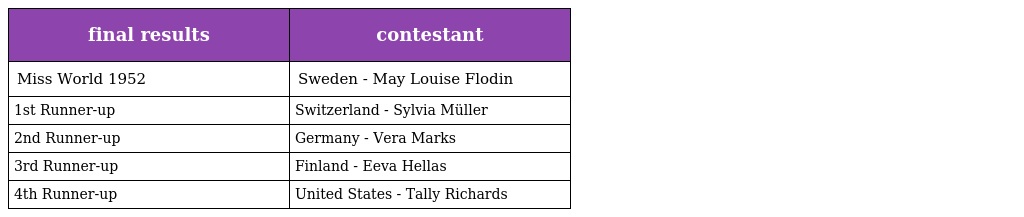
| final results | contestant |
 | --- | --- |
 | Miss World 1952 | Sweden - May Louise Flodin |
 | 1st Runner-up | Switzerland - Sylvia Müller |
 | 2nd Runner-up | Germany - Vera Marks |
 | 3rd Runner-up | Finland - Eeva Hellas |
 | 4th Runner-up | United States - Tally Richards |